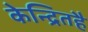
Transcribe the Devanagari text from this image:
केन्द्रितहै